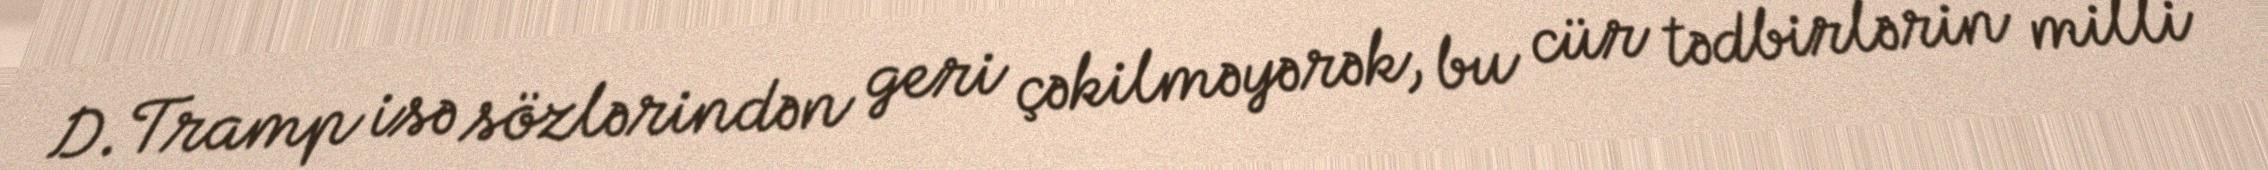
D.Tramp isə sözlərindən geri çəkilməyərək, bu cür tədbirlərin milli